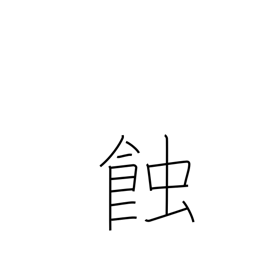
Meaning: eclipse